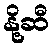
နို့ဆီ